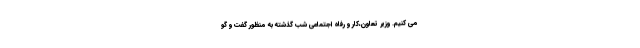
می کنیم. وزیر تعاون،کار و رفاه اجتماعی شب گذشته به منظور گفت و گو